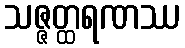
သဇ္ဇတ္ထရဏဿ